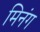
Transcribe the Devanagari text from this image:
मिनंग